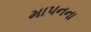
માપનના